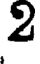
2